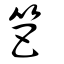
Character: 笆